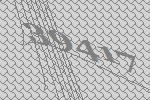
39417